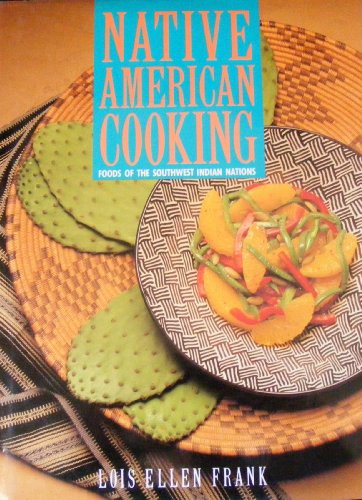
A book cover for Native American Cooking: Foods of the Southwest Indian Nations; Lois Ellen Frank; Cookbooks, Food & Wine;